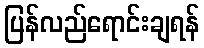
ပြန်လည်ရောင်းချရန်